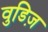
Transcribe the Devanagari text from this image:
वुडिज़